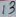
Text: 13